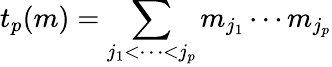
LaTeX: t_{p}(m)=\sum_{j_{1}<\cdots<j_{p}}m_{j_{1}}\cdots m_{j_{p}}